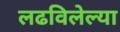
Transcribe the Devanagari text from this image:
लढविलेल्या